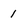
Character: 1